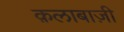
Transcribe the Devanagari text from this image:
क़लाबाज़ी